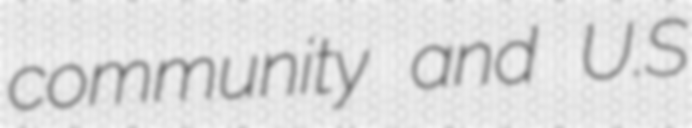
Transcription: community and U.S